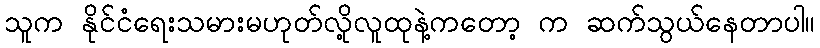
သူက နိုင်ငံရေးသမားမဟုတ်လို့လူထုနဲ့ကတော့ က ဆက်သွယ်နေတာပါ။